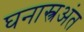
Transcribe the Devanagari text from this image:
घनास्त्रअंत